koduurija_Pavel_Tisler, lk 11
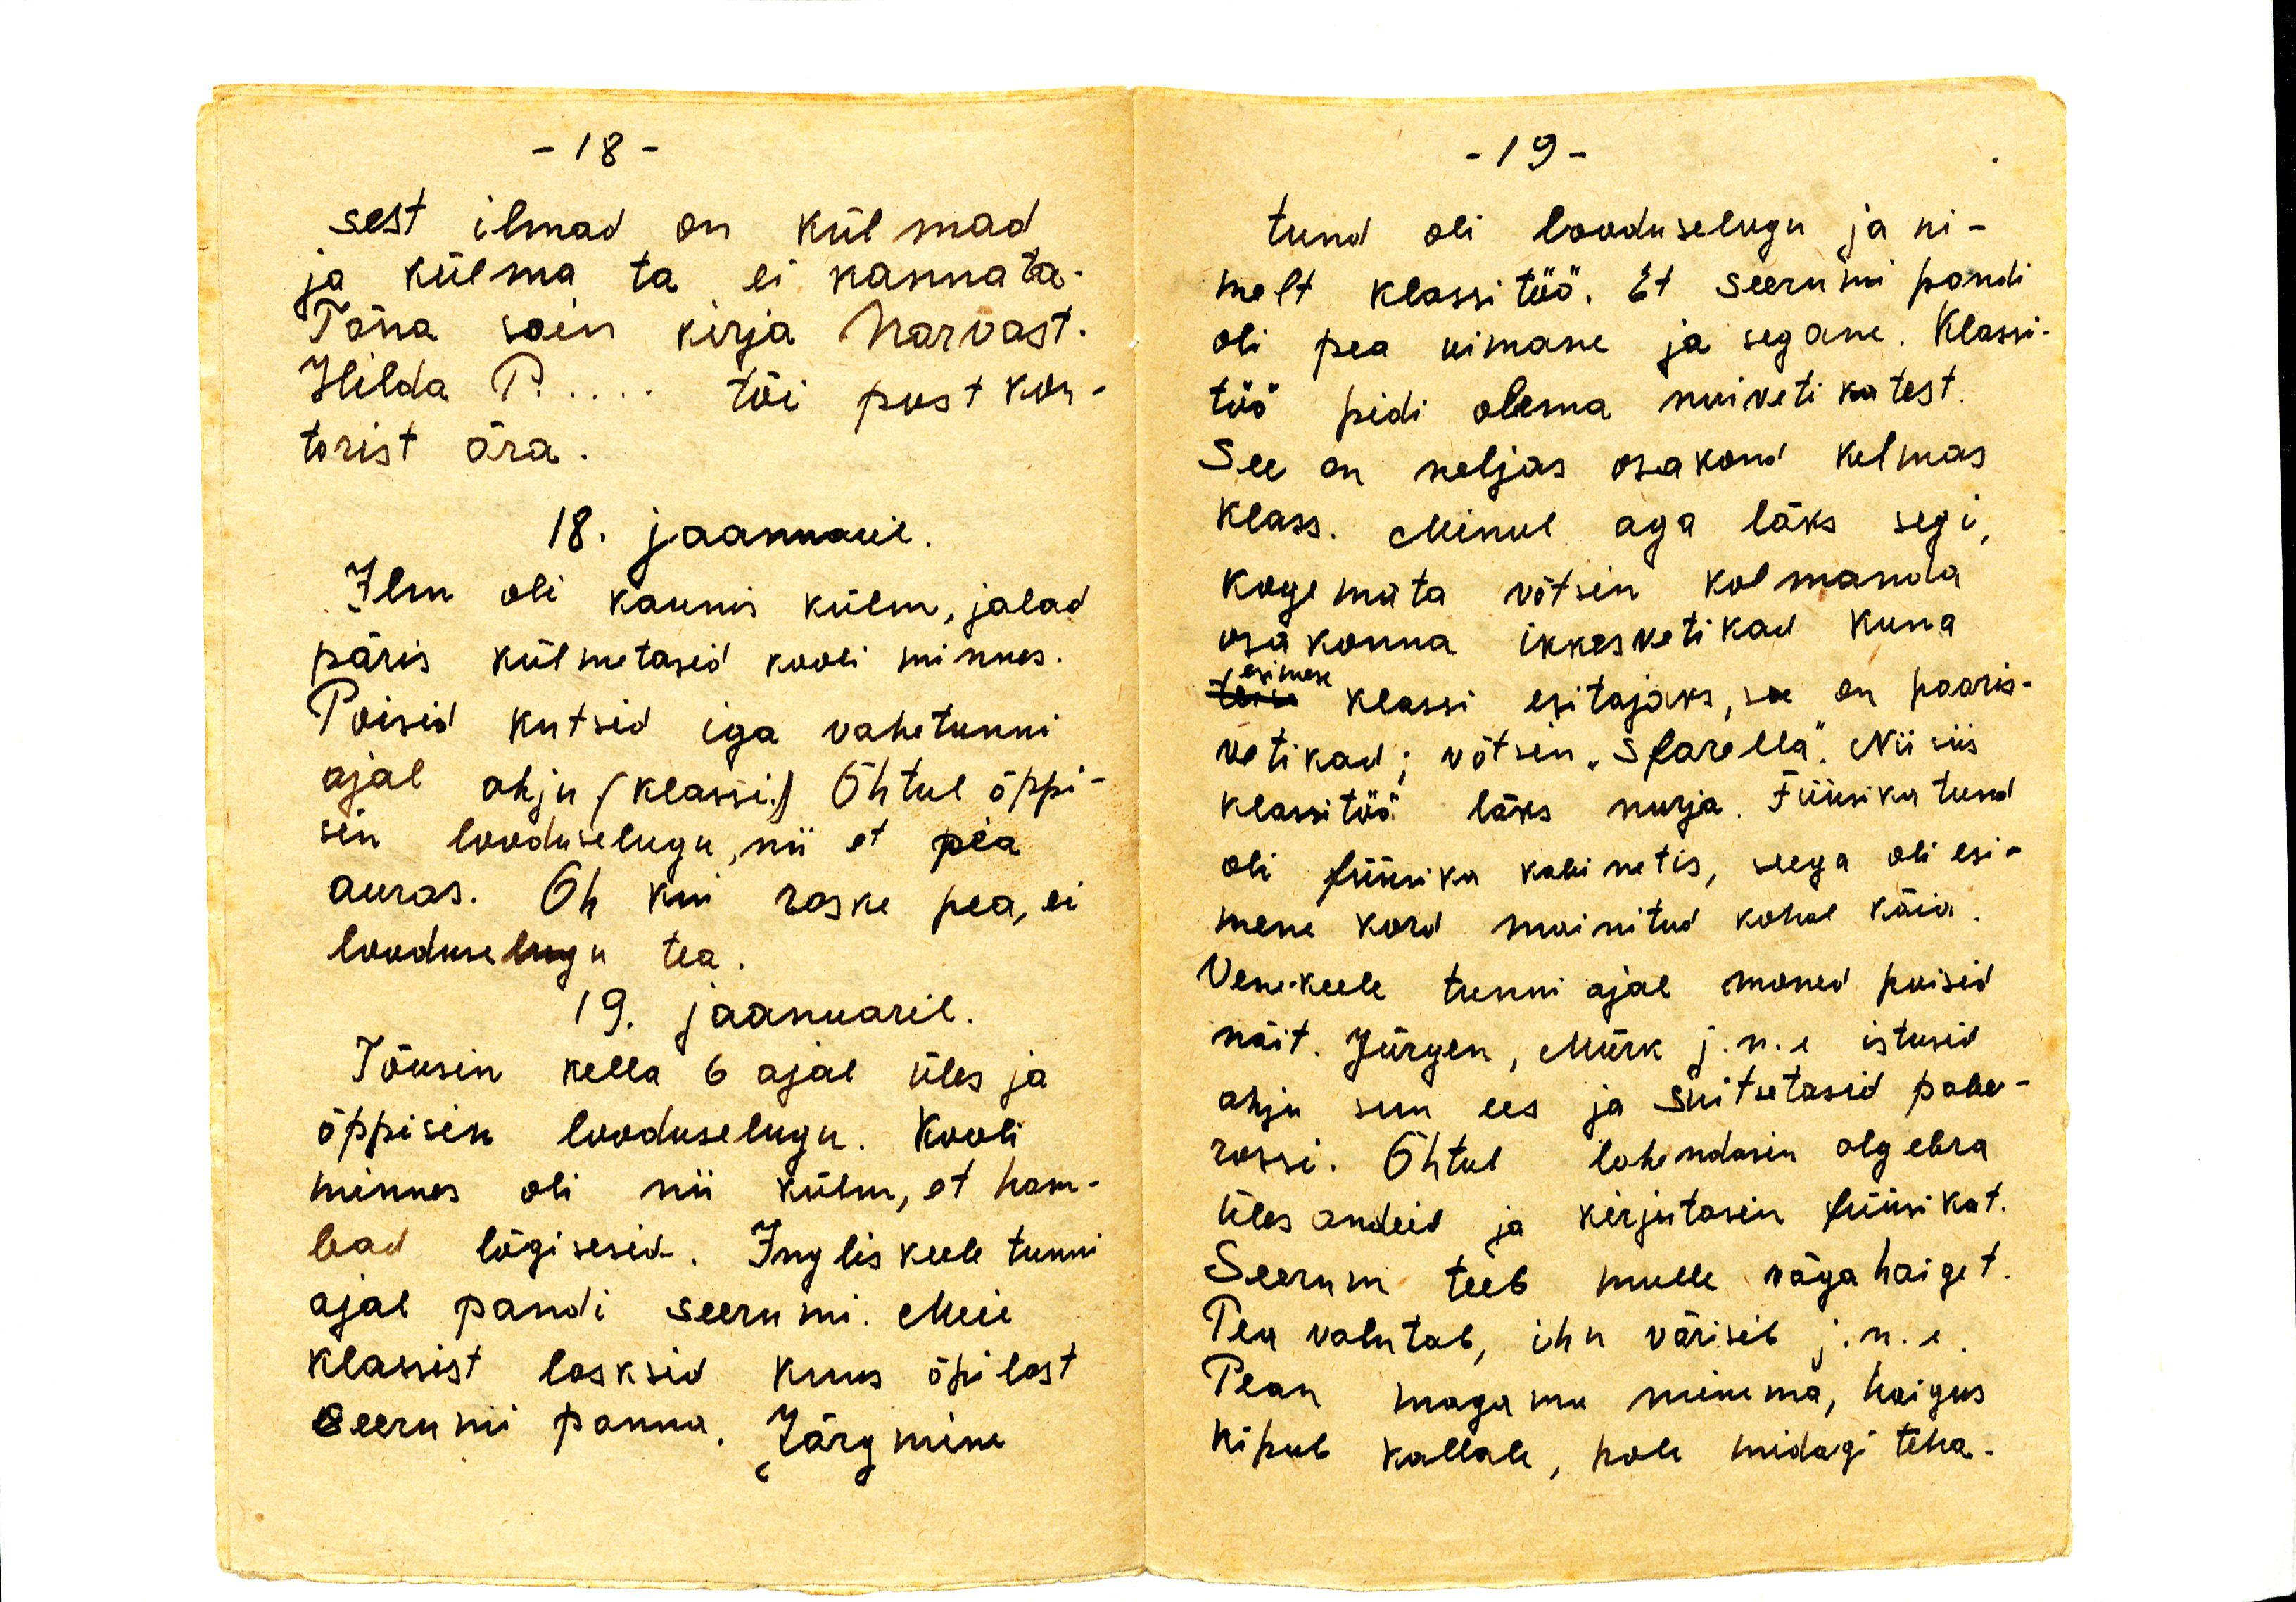
sest ilmad on külmad
ja külma ta ei kannata.
Täna sain kirja Narvast.
Hilda P... tõi postkon-
torist ära.
18. jaanuaril.
Ilm oli kaunis külm, jalad
päris külmutasid kooli minnes.
Poisid kütsid iga vahetunni
ajal ahju (klassi.) Õhtul õppi-
sin looduselugu nii et pea
auras. Oh kui raske pea, ei
loodulugu tea.
19. jaanuaril.
Tõusin kella 6 ajal üles ja
õppisin looduselugu. Kooli
minnes oli nii külm, et ham-
bad lõgisesid. Inglis keele tunni
ajal pandi seerumi. Meie
klassist lasksid kuus õpilast
seerumi panna. Järgmine

tund oli looduselugu ja ni-
melt klassitöö. Et seerumi pandi
oli pea uimane ja segane. Klassi-
töö pidi olema nuivetikatest.
See on neljas osakond kolmas
klass. Minul aga läks segi
kogemata võtsin kolmanda
osakonna ikkesvetikad kuna
esimese
klassi esitajaks, see on paaris-
vetikad; võtsin "Sparella". Nii siis
klassitöö läks nurja. Füüsika tund
oli füüsika kabinetis, seega oli esi-
mene kord mainitud kohal käin.
Venekeele tunni ajal mõned poisid
näit. Jürgen, Mürk j.n.e istusid
ahju suu ees ja suitsetasid pabe-
rossi. Õhtul lahendasin algebra
ülesandeid ja kirjutasin füüsikat.
Seerum teeb mulle väga haiget.
Pea valutab, ihu väriseb j.n.e.
Pean magama minema, haigus
kipub kallale, pole midagi teha.